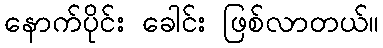
နောက်ပိုင်း ခေါင်း ဖြစ်လာတယ်။